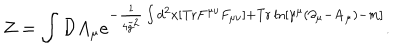
Z = \int { \cal D } A _ { \mu } e ^ { - { \frac { 1 } { 4 { \tilde { g } } ^ { 2 } } } \int d ^ { 2 } x [ \mathrm { T r } F ^ { \mu \nu } F _ { \mu \nu } ] + \mathrm { T r } \ln [ \gamma ^ { \mu } ( \partial _ { \mu } - { \bf A } _ { \mu } ) - m ] } .